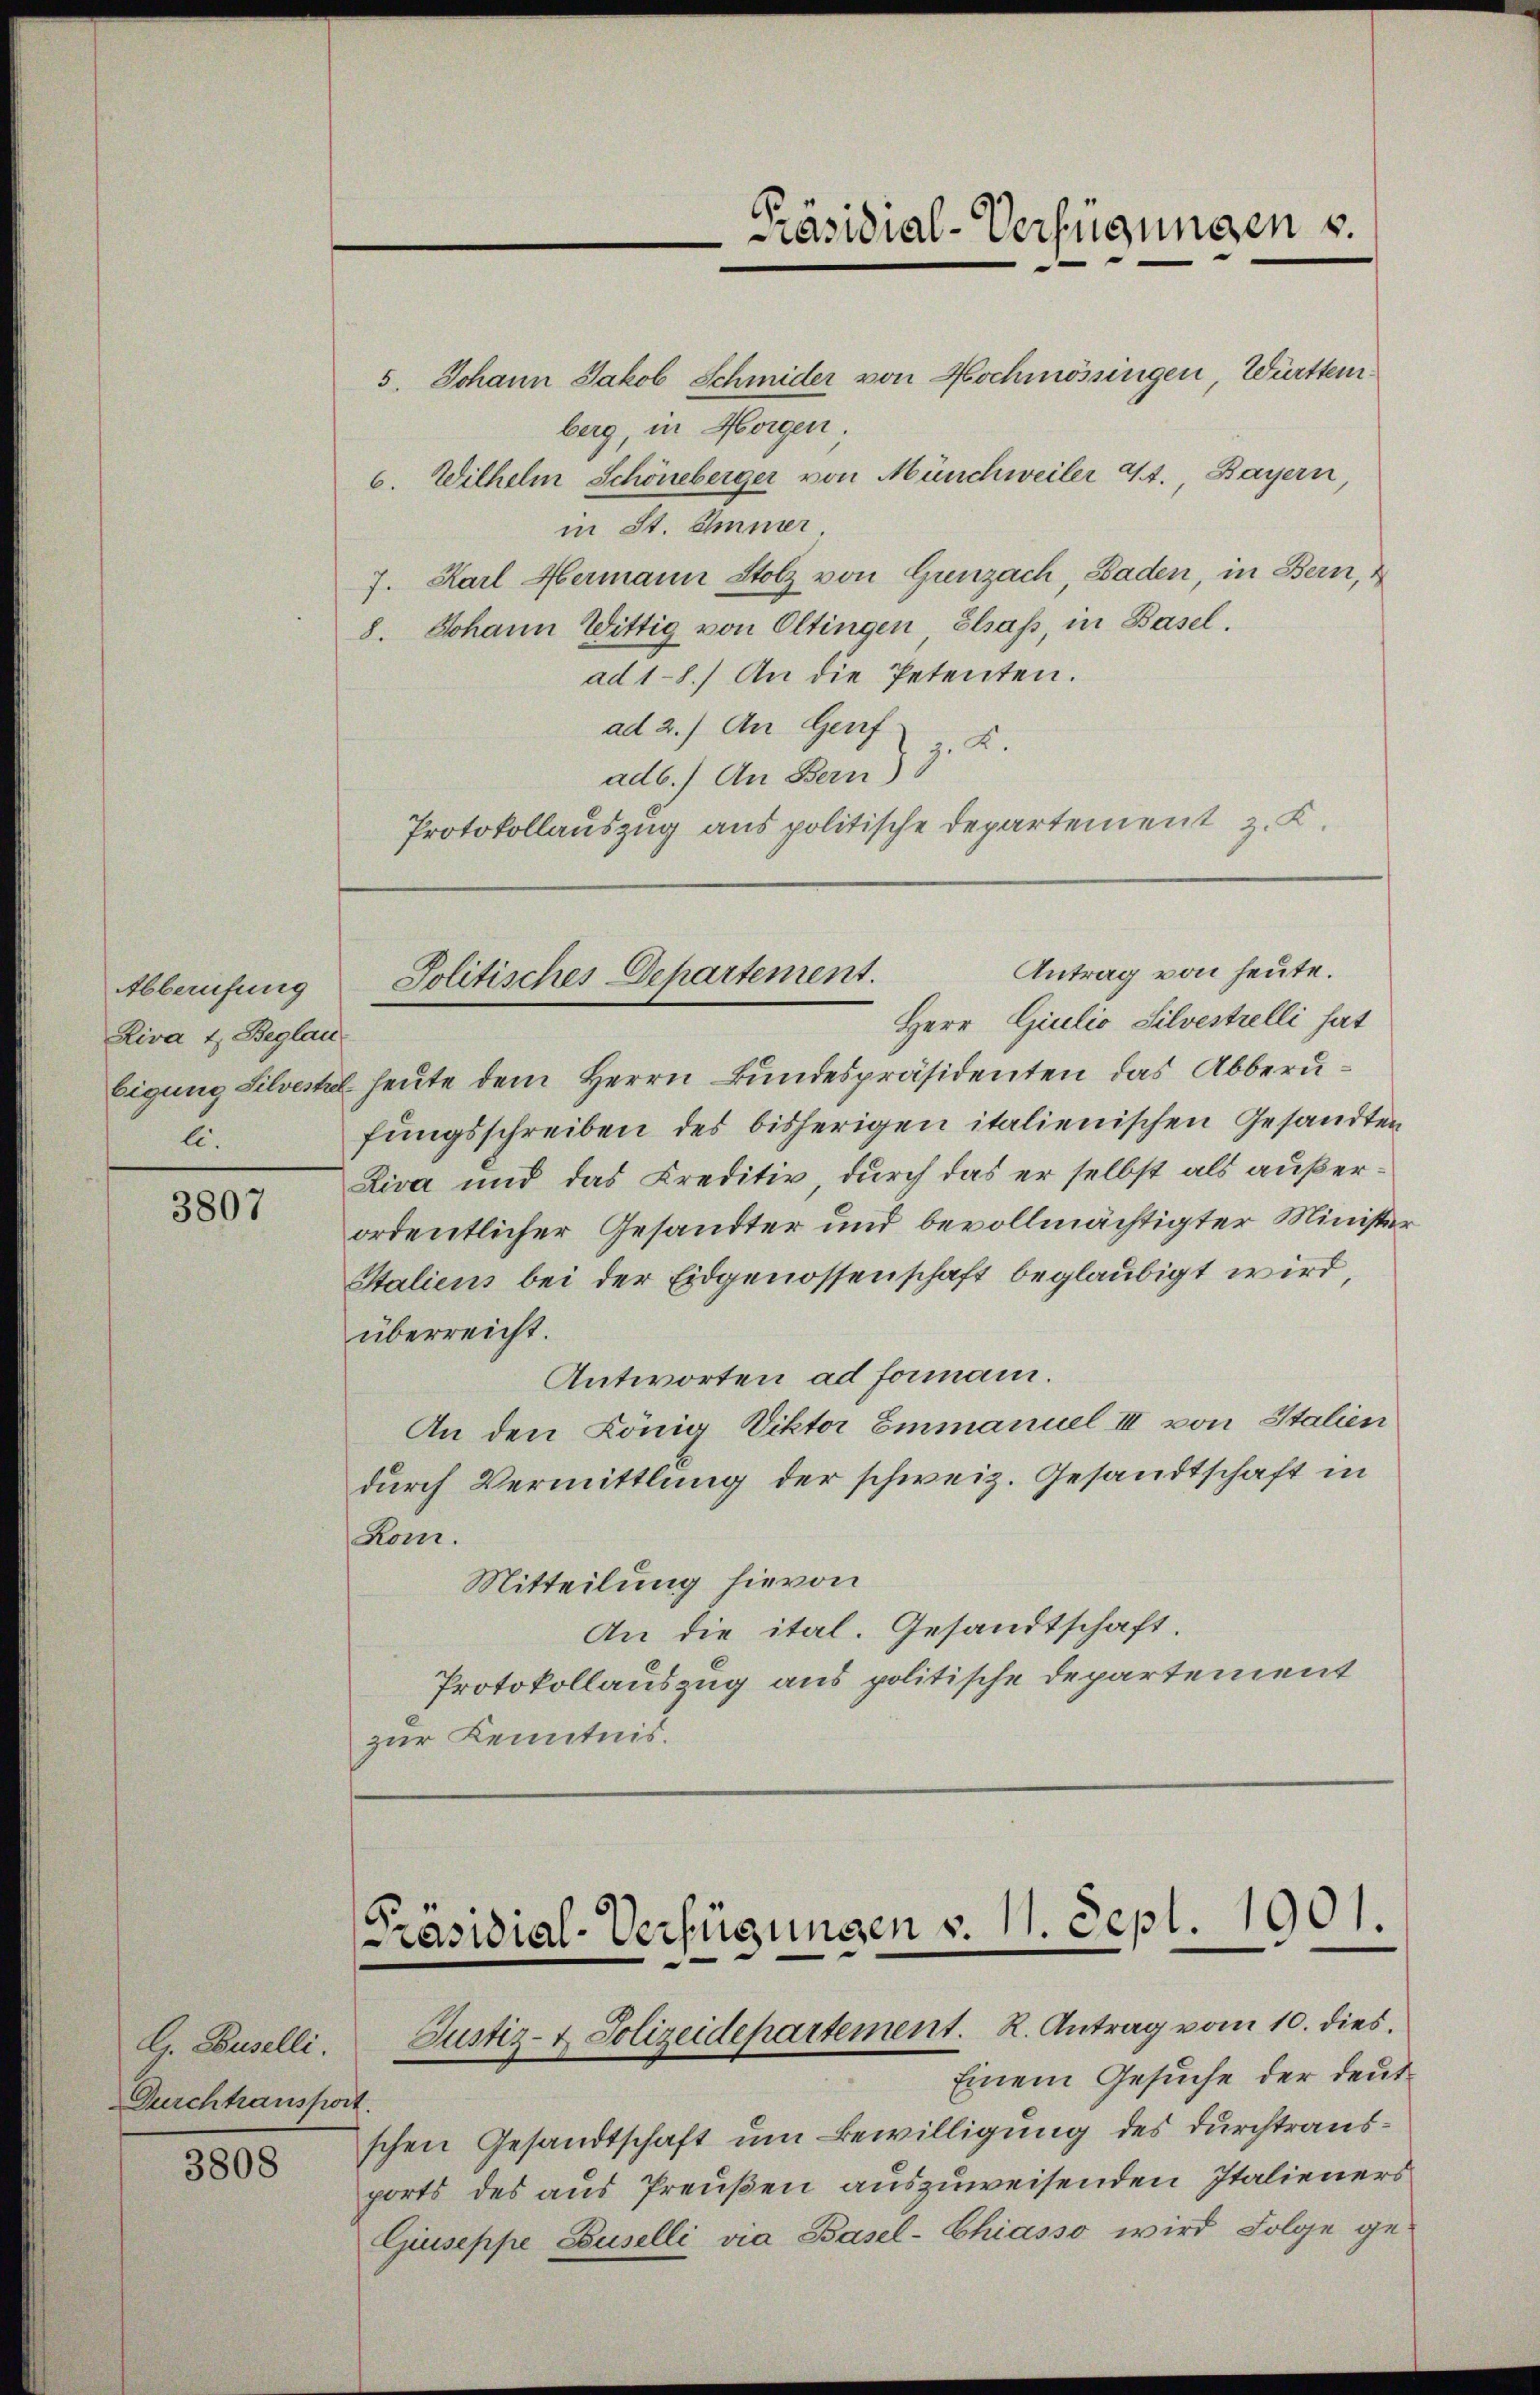
Abberufung
Riva 1. Beglau
E.

3807

G. Baselli.
Durchtransport.

3808

5. Johann Jakob Schmider von Hochmössingen, Württemberg, in Horgen.
6. Wilhelm Schöneberger von Münchweiler 4t. Bayern
in St. Immer
7. Karl Hermann Stolz von Grenzach, Baden, in Bern,
8. Johann Wittig von Oltingen Elsaß, in Basel.
ad 1-8.) An die Petenten.
ad 2.) An Genf
J. K.
adb.) An Bern)
Protokollauszug aus politische Departement z. K.

Präsidial-Verfügungen v.

Eigung Silvestel heute dem Herrn Bundespräsidenten das Abberufungsschreiben des bisherigen italienischen Gesandten
Liva und das Kreditiv durch das er selbst als außerordentlicher Gesandter und bevollmächtigter Minister
Staliens bei der Eidgenossenschaft beglaubigt wird,
überreicht.
Antworten ad formani.
An den König Viktor Emmanuel III von Italien
durch Vermittlung der schweiz. Gesandtschaft in
Rom.
Mitteilung hievon
An die ital. Gesandtschaft.
Protokollauszug aus politische Departement
zur Kenntnis.

Antrag von heute.
Solitisches Departement.
Herr Giulio Silvestrelli hat

Präsidial-Verfügungen v. 11. Sept. 1901.
Justiz- & Polizeidepartement. R. Antrag vom 10. dies

Einem Gesuche der deut
schen Gesandtschaft um Bewilligung des durchtrausports des aus Preußen auszuweisenden Italieners
Giuseppe Buselli via Basel-Chiasso wird Folge ge-